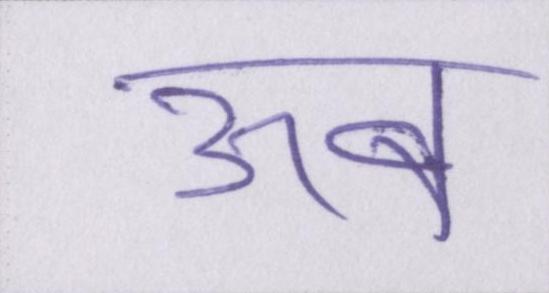
ऊब